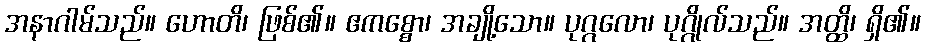
အနာဂါမ်သည်။ ဟောတိ၊ ဖြစ်၏။ ဧကစ္စော၊ အချို့သော။ ပုဂ္ဂလော၊ ပုဂ္ဂိုလ်သည်။ အတ္ထိ၊ ရှိ၏။